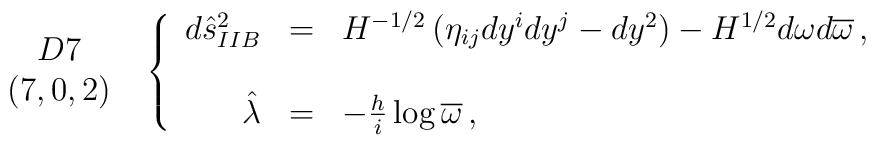
\begin{array}{c}D7\\(7,0,2)\\\end{array}\,\,\,\left\{\begin{array}{rcl}d\hat{s}^{2}_{IIB} & = & H^{-1/2}\left( \eta_{ij}dy^{i}dy^{j} -dy^{2}\right)-H^{1/2}d\omega d\overline{\omega}\, ,\\& & \\\hat{\lambda} & = & -\frac{h}{i}\log{\overline{\omega}}\, ,\\\end{array}\right.